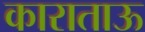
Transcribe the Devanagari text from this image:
काराताऊ